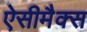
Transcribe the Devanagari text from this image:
ऐसीमैक्स